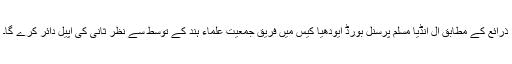
ذرائع کے مطابق آل انڈیا مسلم پرسنل بورڈ ایودھیا کیس میں فریق جمعیت علماء ہند کے توسط سے نظر ثانی کی اپیل دائر کرے گا۔